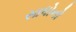
સાધોનો